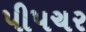
પીપચર